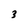
Character: 3